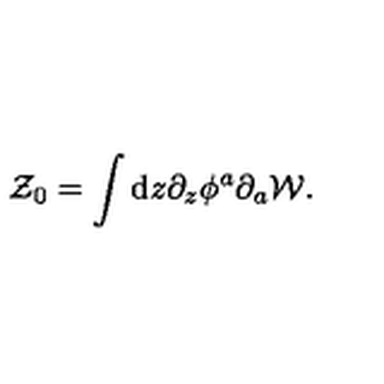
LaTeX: { \cal Z } _ { 0 } = \int \mathrm { d } z \partial _ { z } \phi ^ { a } \partial _ { a } { \cal W } .